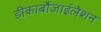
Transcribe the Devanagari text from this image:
डीकार्बोजाईलेशन